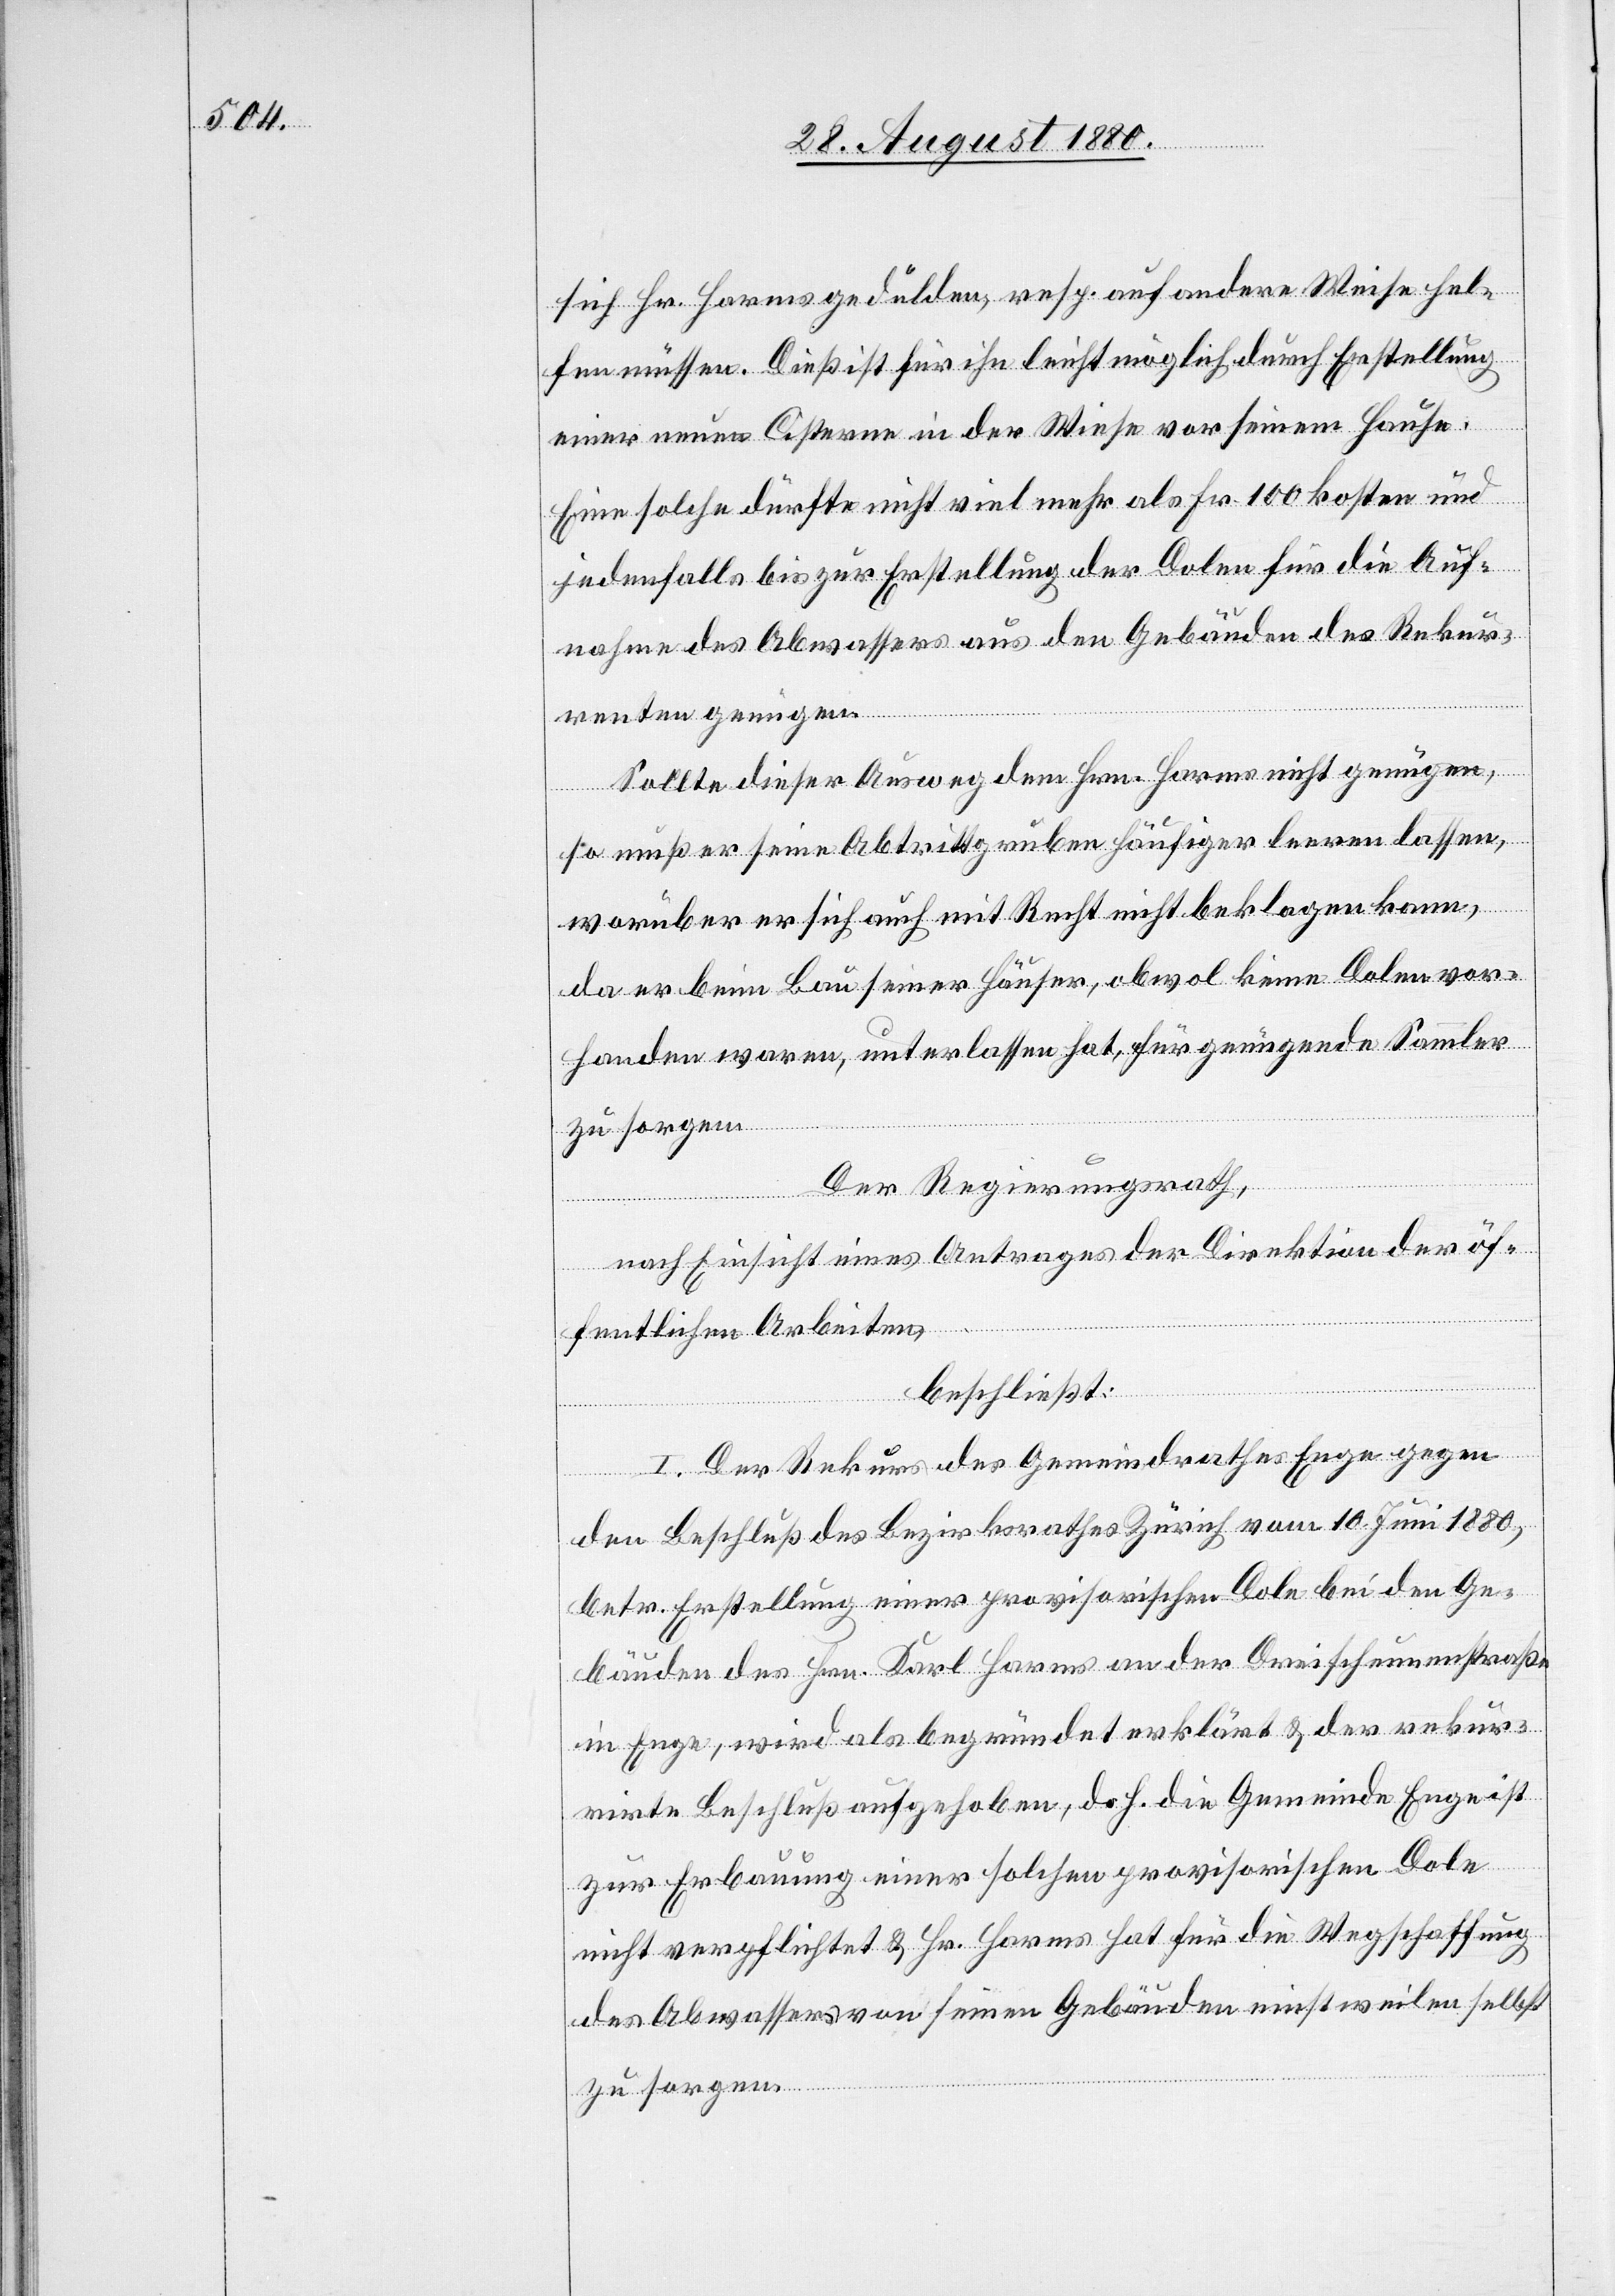
renten genügen.
sich Hr. Harms gedulden, resp. auf andere Weise hel¬
fen müssen. Dieß ist für ihn leicht möglich durch Erstellung
einer neuen Cisterne in der Wiese vor seinem Hause.
Eine solche dürfte nicht viel mehr als Fr. 100 kosten und
jedenfalls bis zur Erstellung der Dolen für die Auf¬
nahme des Abwassers aus den Gebäuden des Rekur¬
ist
Sollte dieser Ausweg dem Hrn. Harms nicht genügen,
so muß er seine Abtrittgruben häufiger leeren lassen,
worüber er sich auch mit Recht nicht beklagen kann,
da er beim Bau seiner Häuser, obwol keine Dolen vor¬
handen waren, unterlassen hat, für genügende Sammler
zu sorgen.
Der Regierungsrath,
Enge
nach Einsicht eines Antrages der Direktion der öf¬
fentlichen Arbeiten,
beschließt:
I. Der Rekurs des Gemeindrathes Enge gegen
den Beschluß des Bezirksrathes Zürich vom 10. Juni 1880,
betr. Erstellung einer provisorischen Dole bei den Ge¬
bäuden des Hrn. Karl Harms an den Dreischeunenstraße
zur Erbauung einer solchen provisorischen Dole
nicht verpflichtet & Hr. Harms hat für die Wegschaffung
des Abwassers von seinen Gebäuden einstweilen selbst
zu sorgen.